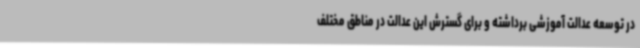
در توسعه عدالت آموزشی برداشته و برای گسترش این عدالت در مناطق مختلف